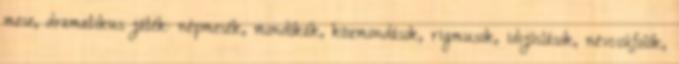
mese, dramatikus játék: népmesék, mondókák, közmondások, rigmusok, idıjóslások, névcsúfolók,